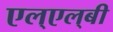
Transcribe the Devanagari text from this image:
एल्‌एल्‌बी